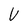
Character: V